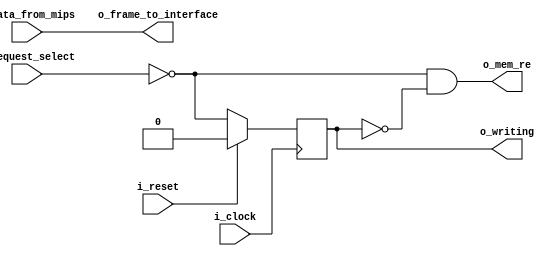
module debug_control_memory
  #(
    parameter NB_LATCH = 32,
    parameter NB_INPUT_SIZE = 32,
    parameter NB_CONTROL_FRAME = 32,
    parameter CONTROLLER_ID = 6'b0000_00
    )
   (
    output wire [NB_CONTROL_FRAME-1:0] o_frame_to_interface,
    output wire                        o_mem_re,
    output wire                        o_writing,

    input wire [6-1:0]                 i_request_select,
    input wire [NB_INPUT_SIZE-1:0]     i_data_from_mips,

    input wire                         i_clock,
    input wire                         i_reset
    ) ;

   //Quick instance
   /*
   debug_control_memory
     #(
       .NB_LATCH            (NB_LATCH             ),
       .NB_INPUT_SIZE       (NB_INPUT_SIZE        ),
       .NB_CONTROL_FRAME    (NB_CONTROL_FRAME     ),
       .CONTROLLER_ID       (CONTROLLER_ID        )
       )
   u_debug_control_memory
     (
      .o_frame_to_interface (o_frame_to_interface ),
      .o_mem_re             (o_mem_re             ),
      .o_writing            (o_writing            ),
      .i_request_select     (i_request_select     ),
      .i_data_from_mips     (i_data_from_mips     ),
      .i_clock              (i_clock              ),
      .i_reset              (i_reset              )
      ) ;
  */
   wire                                request_match;
   reg                                 request_match_reg;
   wire                                request_match_pos;

   assign o_frame_to_interface = i_data_from_mips;
   assign o_mem_re = request_match_pos;
   assign o_writing = request_match_reg;

   assign request_match = i_request_select == CONTROLLER_ID;

   always @(posedge i_clock)
     if (i_reset)
       request_match_reg <= 1'b0;
     else
       request_match_reg <= request_match;

   assign request_match_pos = request_match & ~request_match_reg;

endmodule